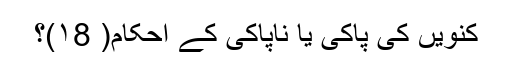
کنویں کی پاکی یا ناپاکی کے احکام( ۱8)؟